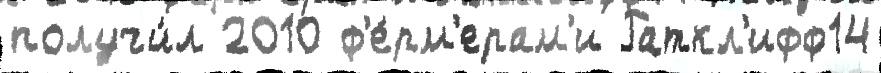
получи́л 2010 ф'е́рм'ерам'и Раткл'ифф14